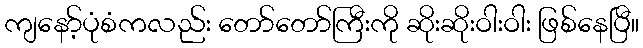
ကျနော့်ပုံစံကလည်း တော်တော်ကြီးကို ဆိုးဆိုးဝါးဝါး ဖြစ်နေပြီ။